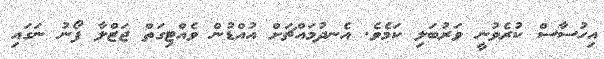
އިހުސާސް ކުރެވުނީ ވަރުބަލި ކަމެވެ. އެނދުމައްޗަށް އުއްޑުން ވެއްޓިގަތް ޖަޒްލާ ފޯނު ނަގައި